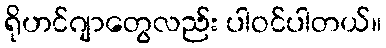
ရိုဟင်ဂျာတွေလည်း ပါဝင်ပါတယ်။